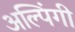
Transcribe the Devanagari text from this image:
अल्पिंगी